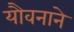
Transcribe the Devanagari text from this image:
यौवनाने